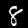
Digit: 8